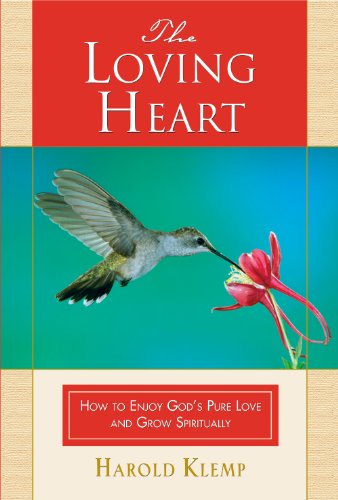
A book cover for The Loving Heart; Harold Klemp; Religion & Spirituality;